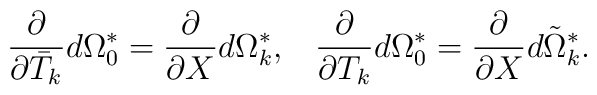
\frac{\partial }{\partial \bar{T}_{k}}d\Omega^{*}_{0}=\frac{\partial }{\partial X}d\Omega_{k}^{*},\;\;\;\frac{\partial }{\partial T_{k}}d\Omega_{0}^{*}=\frac{\partial }{\partial X}d\tilde{\Omega}_{k}^{*}.